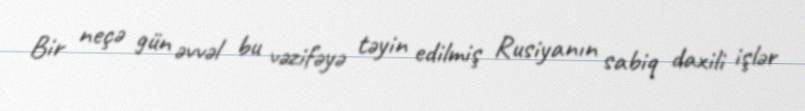
Bir neçə gün əvvəl bu vəzifəyə təyin edilmiş Rusiyanın sabiq daxili işlər